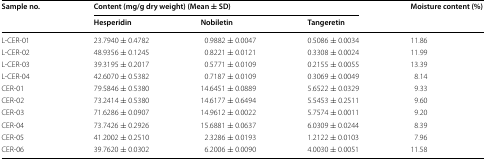
<table><thead><tr><td rowspan="2"><b>Sample no.</b></td><td colspan="3"><b>Content (mg/g dry weight) (Mean ± SD)</b></td><td rowspan="2"><b>Moisture content (%)</b></td></tr><tr><td><b>Hesperidin</b></td><td><b>Nobiletin</b></td><td><b>Tangeretin</b></td></tr></thead><tbody><tr><td>L-CER-01</td><td>23.7940 ± 0.4782</td><td>0.9882 ± 0.0047</td><td>0.5086 ± 0.0034</td><td>11.86</td></tr><tr><td>L-CER-02</td><td>48.9356 ± 0.1245</td><td>0.8221 ± 0.0121</td><td>0.3308 ± 0.0024</td><td>11.99</td></tr><tr><td>L-CER-03</td><td>39.3195 ± 0.2017</td><td>0.5771 ± 0.0109</td><td>0.2155 ± 0.0055</td><td>13.39</td></tr><tr><td>L-CER-04</td><td>42.6070 ± 0.5382</td><td>0.7187 ± 0.0109</td><td>0.3069 ± 0.0049</td><td>8.14</td></tr><tr><td>CER-01</td><td>79.5846 ± 0.5380</td><td>14.6451 ± 0.0889</td><td>5.6522 ± 0.0329</td><td>9.33</td></tr><tr><td>CER-02</td><td>73.2414 ± 0.5380</td><td>14.6177 ± 0.6494</td><td>5.5453 ± 0.2511</td><td>9.60</td></tr><tr><td>CER-03</td><td>71.6286 ± 0.0907</td><td>14.9612 ± 0.0022</td><td>5.7574 ± 0.0011</td><td>9.20</td></tr><tr><td>CER-04</td><td>73.7426 ± 0.2926</td><td>15.6881 ± 0.0637</td><td>6.0309 ± 0.0244</td><td>8.39</td></tr><tr><td>CER-05</td><td>41.2002 ± 0.2510</td><td>2.3286 ± 0.0193</td><td>1.2122 ± 0.0103</td><td>7.96</td></tr><tr><td>CER-06</td><td>39.7620 ± 0.0302</td><td>6.2006 ± 0.0090</td><td>4.0030 ± 0.0051</td><td>11.58</td></tr></tbody></table>